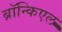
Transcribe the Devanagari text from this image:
ब्रॉन्किएल